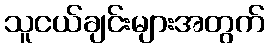
သူငယ်ချင်းများအတွက်